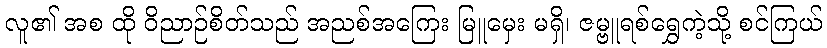
လူ၏ အစ ထို ဝိညာဉ်စိတ်သည် အညစ်အကြေး မြူမှေး မရှိ၊ ဇမ္ဗူရစ်ရွှေကဲ့သို့ စင်ကြယ်